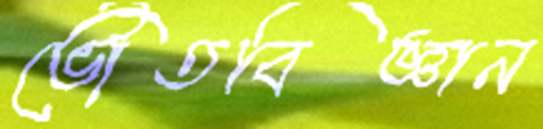
ভৌতবিজ্ঞান